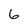
Character: 6